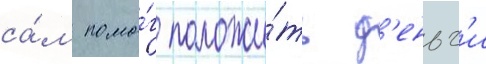
са́м помо́г положи́ть д'еньг'и